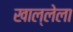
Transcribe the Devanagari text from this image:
खाल्लेला